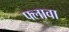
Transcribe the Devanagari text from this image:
फ्लावा